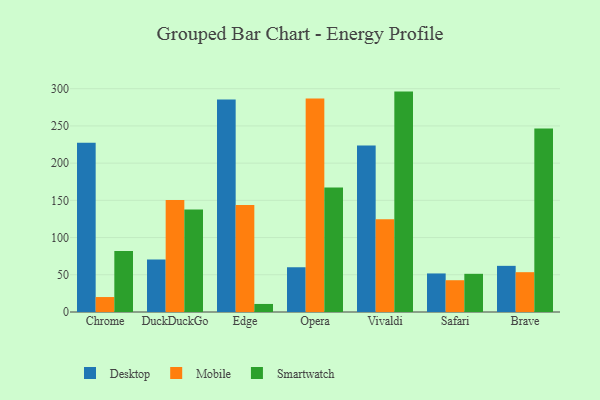
{"axis": {"x": "Browser", "y": "Net Income (USD K)"}, "legend": ["Desktop", "Mobile", "Smartwatch"], "data": [{"x": "Chrome", "y": 227.3, "type": "Desktop"}, {"x": "Chrome", "y": 20.1, "type": "Mobile"}, {"x": "Chrome", "y": 82.0, "type": "Smartwatch"}, {"x": "DuckDuckGo", "y": 70.4, "type": "Desktop"}, {"x": "DuckDuckGo", "y": 150.5, "type": "Mobile"}, {"x": "DuckDuckGo", "y": 137.7, "type": "Smartwatch"}, {"x": "Edge", "y": 285.6, "type": "Desktop"}, {"x": "Edge", "y": 143.6, "type": "Mobile"}, {"x": "Edge", "y": 10.8, "type": "Smartwatch"}, {"x": "Opera", "y": 60.1, "type": "Desktop"}, {"x": "Opera", "y": 286.8, "type": "Mobile"}, {"x": "Opera", "y": 167.2, "type": "Smartwatch"}, {"x": "Vivaldi", "y": 223.8, "type": "Desktop"}, {"x": "Vivaldi", "y": 124.5, "type": "Mobile"}, {"x": "Vivaldi", "y": 296.1, "type": "Smartwatch"}, {"x": "Safari", "y": 51.8, "type": "Desktop"}, {"x": "Safari", "y": 42.7, "type": "Mobile"}, {"x": "Safari", "y": 51.3, "type": "Smartwatch"}, {"x": "Brave", "y": 62.0, "type": "Desktop"}, {"x": "Brave", "y": 53.5, "type": "Mobile"}, {"x": "Brave", "y": 246.4, "type": "Smartwatch"}]}